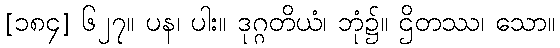
[၁၈၄] ၆၂၇။ ပန၊ ပါး။ ဒုဂ္ဂတိယံ၊ ဘုံ၌။ ဌိတဿ၊ သော။